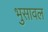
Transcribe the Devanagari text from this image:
भुुसावल